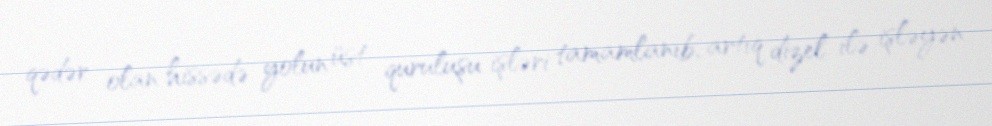
qədər olan hissədə yolun üst quruluşu işləri tamamlanıb, artıq dizel ilə işləyən